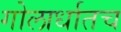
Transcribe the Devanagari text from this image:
गोलार्धातच